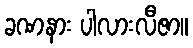
ခဏနား ပါလားလီဇာ။